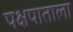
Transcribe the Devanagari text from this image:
पक्षपाताला